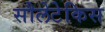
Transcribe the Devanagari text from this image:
सौलेटेकिस